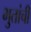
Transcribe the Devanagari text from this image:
भुतांची